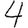
Digit: 4